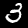
Digit: 3